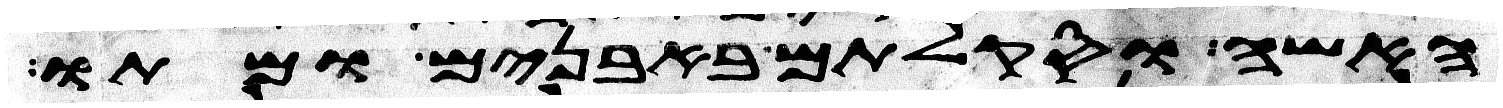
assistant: האשה וסקלתם באבנים ומתו